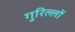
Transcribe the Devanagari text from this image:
गुरिल्लों